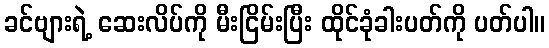
ခင်ဗျားရဲ့ ဆေးလိပ်ကို မီးငြိမ်းပြီး ထိုင်ခုံခါးပတ်ကို ပတ်ပါ။